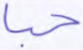
حبا